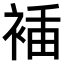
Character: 𧚎